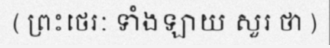
( ព្រះថេរៈ ទាំងឡាយ សួរ ថា )